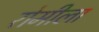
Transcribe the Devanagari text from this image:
रोमीला